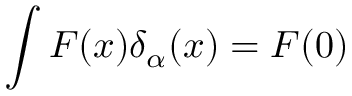
\int F ( x ) \delta _ { \alpha } ( x ) = F ( 0 )